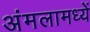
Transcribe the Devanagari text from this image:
अंमलामध्यें